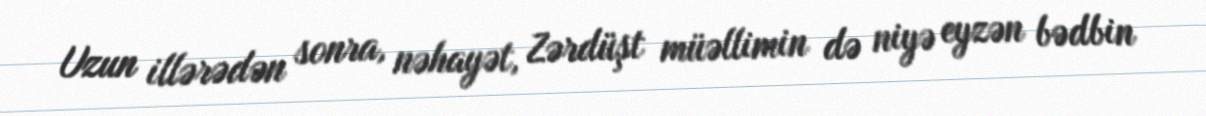
Uzun illərədən sonra, nəhayət, Zərdüşt müəllimin də niyə eyzən bədbin